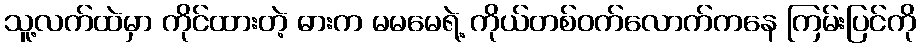
သူ့လက်ထဲမှာ ကိုင်ထားတဲ့ ဓားက မမမေရဲ့ ကိုယ်တစ်ဝက်လောက်ကနေ ကြမ်းပြင်ကို